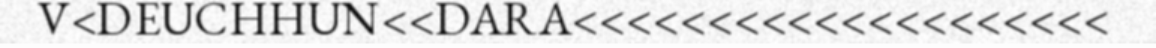
V<DEUCHHUN<<DARA<<<<<<<<<<<<<<<<<<<<